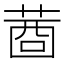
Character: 𦴖